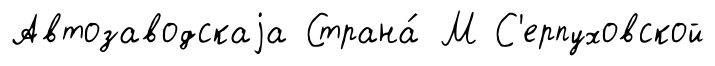
Автозаводскаjа Страна́ М С'ерпуховской